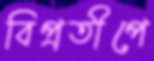
বিপ্রতীপে